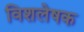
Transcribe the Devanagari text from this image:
विशलेषक